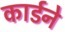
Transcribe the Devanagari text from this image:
कार्डने